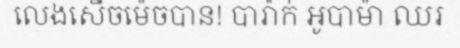
លេងសើចម៉េចបាន! បារ៉ាក់ អូបាម៉ា ឈរ